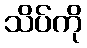
သိပ်ကို